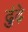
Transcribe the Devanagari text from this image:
ढुंढ़े